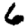
Digit: 6